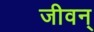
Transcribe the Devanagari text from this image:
जीवन्